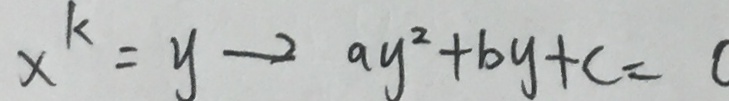
x ^ { k } = y \rightarrow a y ^ { 2 } + b y + c = 0